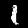
Label: 1